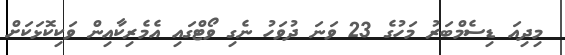
މިދިއަ ޑިސެމްބަރު މަހުގެ 23 ވަނަ ދުވަހު ނެގި ވޯޓްގައި އެމެރިކާއިން ވަކިކޮޅަކަށް